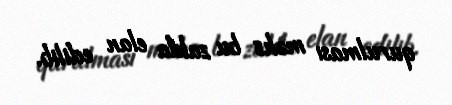
qurulması məhz bu zalda elan edilib.